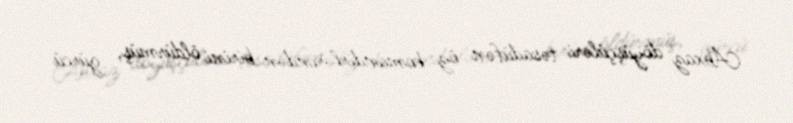
Abxaz döyüşçüləri təsadüfən öz komandirlərindən birini öldürmüş, gürcü